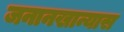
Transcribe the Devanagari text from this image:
जनानखान्यास